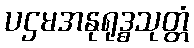
ပဌမအနုရုဒ္ဓသုတ္တံ